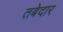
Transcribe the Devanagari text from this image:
तबेदार